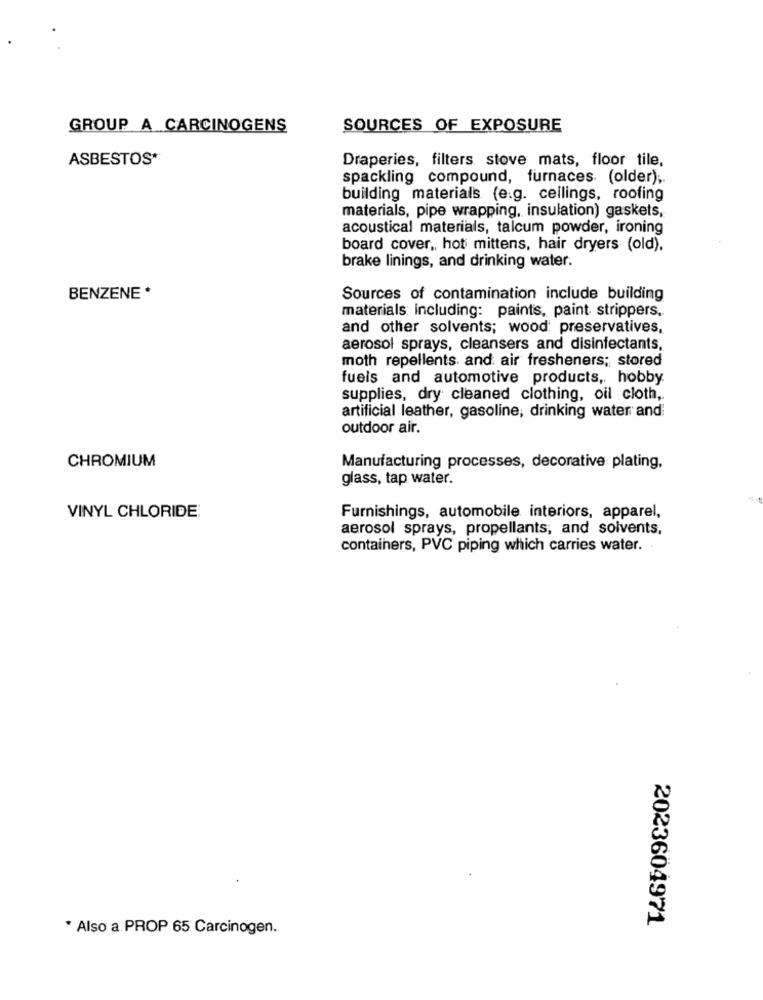
GROUP A CARCINOGENS
SOURCES OF EXPOSURE
ASBESTOS*
Draperies, filters stove mats, floor tile,
spackling compound, furnaces (older);
building materials (e.g. ceilings, roofing
materials, pipe wrapping, insulation) gaskets,
acoustical materials, talcum powder, ironing
board cover ,, hot mittens, hair dryers (old).
brake linings, and drinking water.
BENZENE *
Sources of contamination include building
materials including: paints, paint strippers,
and other solvents; wood preservatives,
aerosol sprays, cleansers and disinfectants,
moth repellents. and air fresheners; stored
fuels and automotive products, hobby.
supplies, dry cleaned clothing, oil cloth,
artificial leather, gasoline, drinking water and
outdoor air.
CHROMIUM
Manufacturing processes, decorative plating,
glass, tap water.
VINYL CHLORIDE:
Furnishings, automobile interiors, apparel,
aerosol sprays, propellants, and solvents,
containers, PVC piping which carries water.
2023604971
* Also a. PROP 65 Carcinogen.